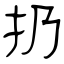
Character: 扔